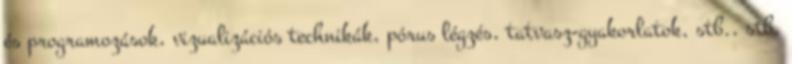
és programozások, vizualizációs technikák, pórus légzés, tatvasz-gyakorlatok, stb., stb.